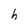
Character: h